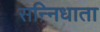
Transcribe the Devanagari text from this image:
सन्निधाता